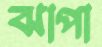
ঝাপা